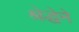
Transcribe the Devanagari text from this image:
श्रेद्धेने